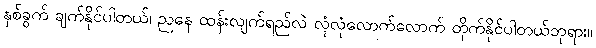
နှစ်ခွက် ချက်နိုင်ပါတယ်၊ ညနေ ထန်းလျက်ရည်လဲ လုံလုံလောက်လောက် တိုက်နိုင်ပါတယ်ဘုရား။